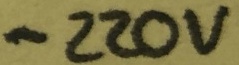
Text: -220V